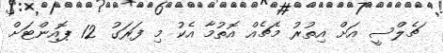
ޗެލްސީ އަށް އިތުރު މެޗެއް އޮތުމާ އެކު މި ފަރަގު 12 ޕޮއިންޓަށް